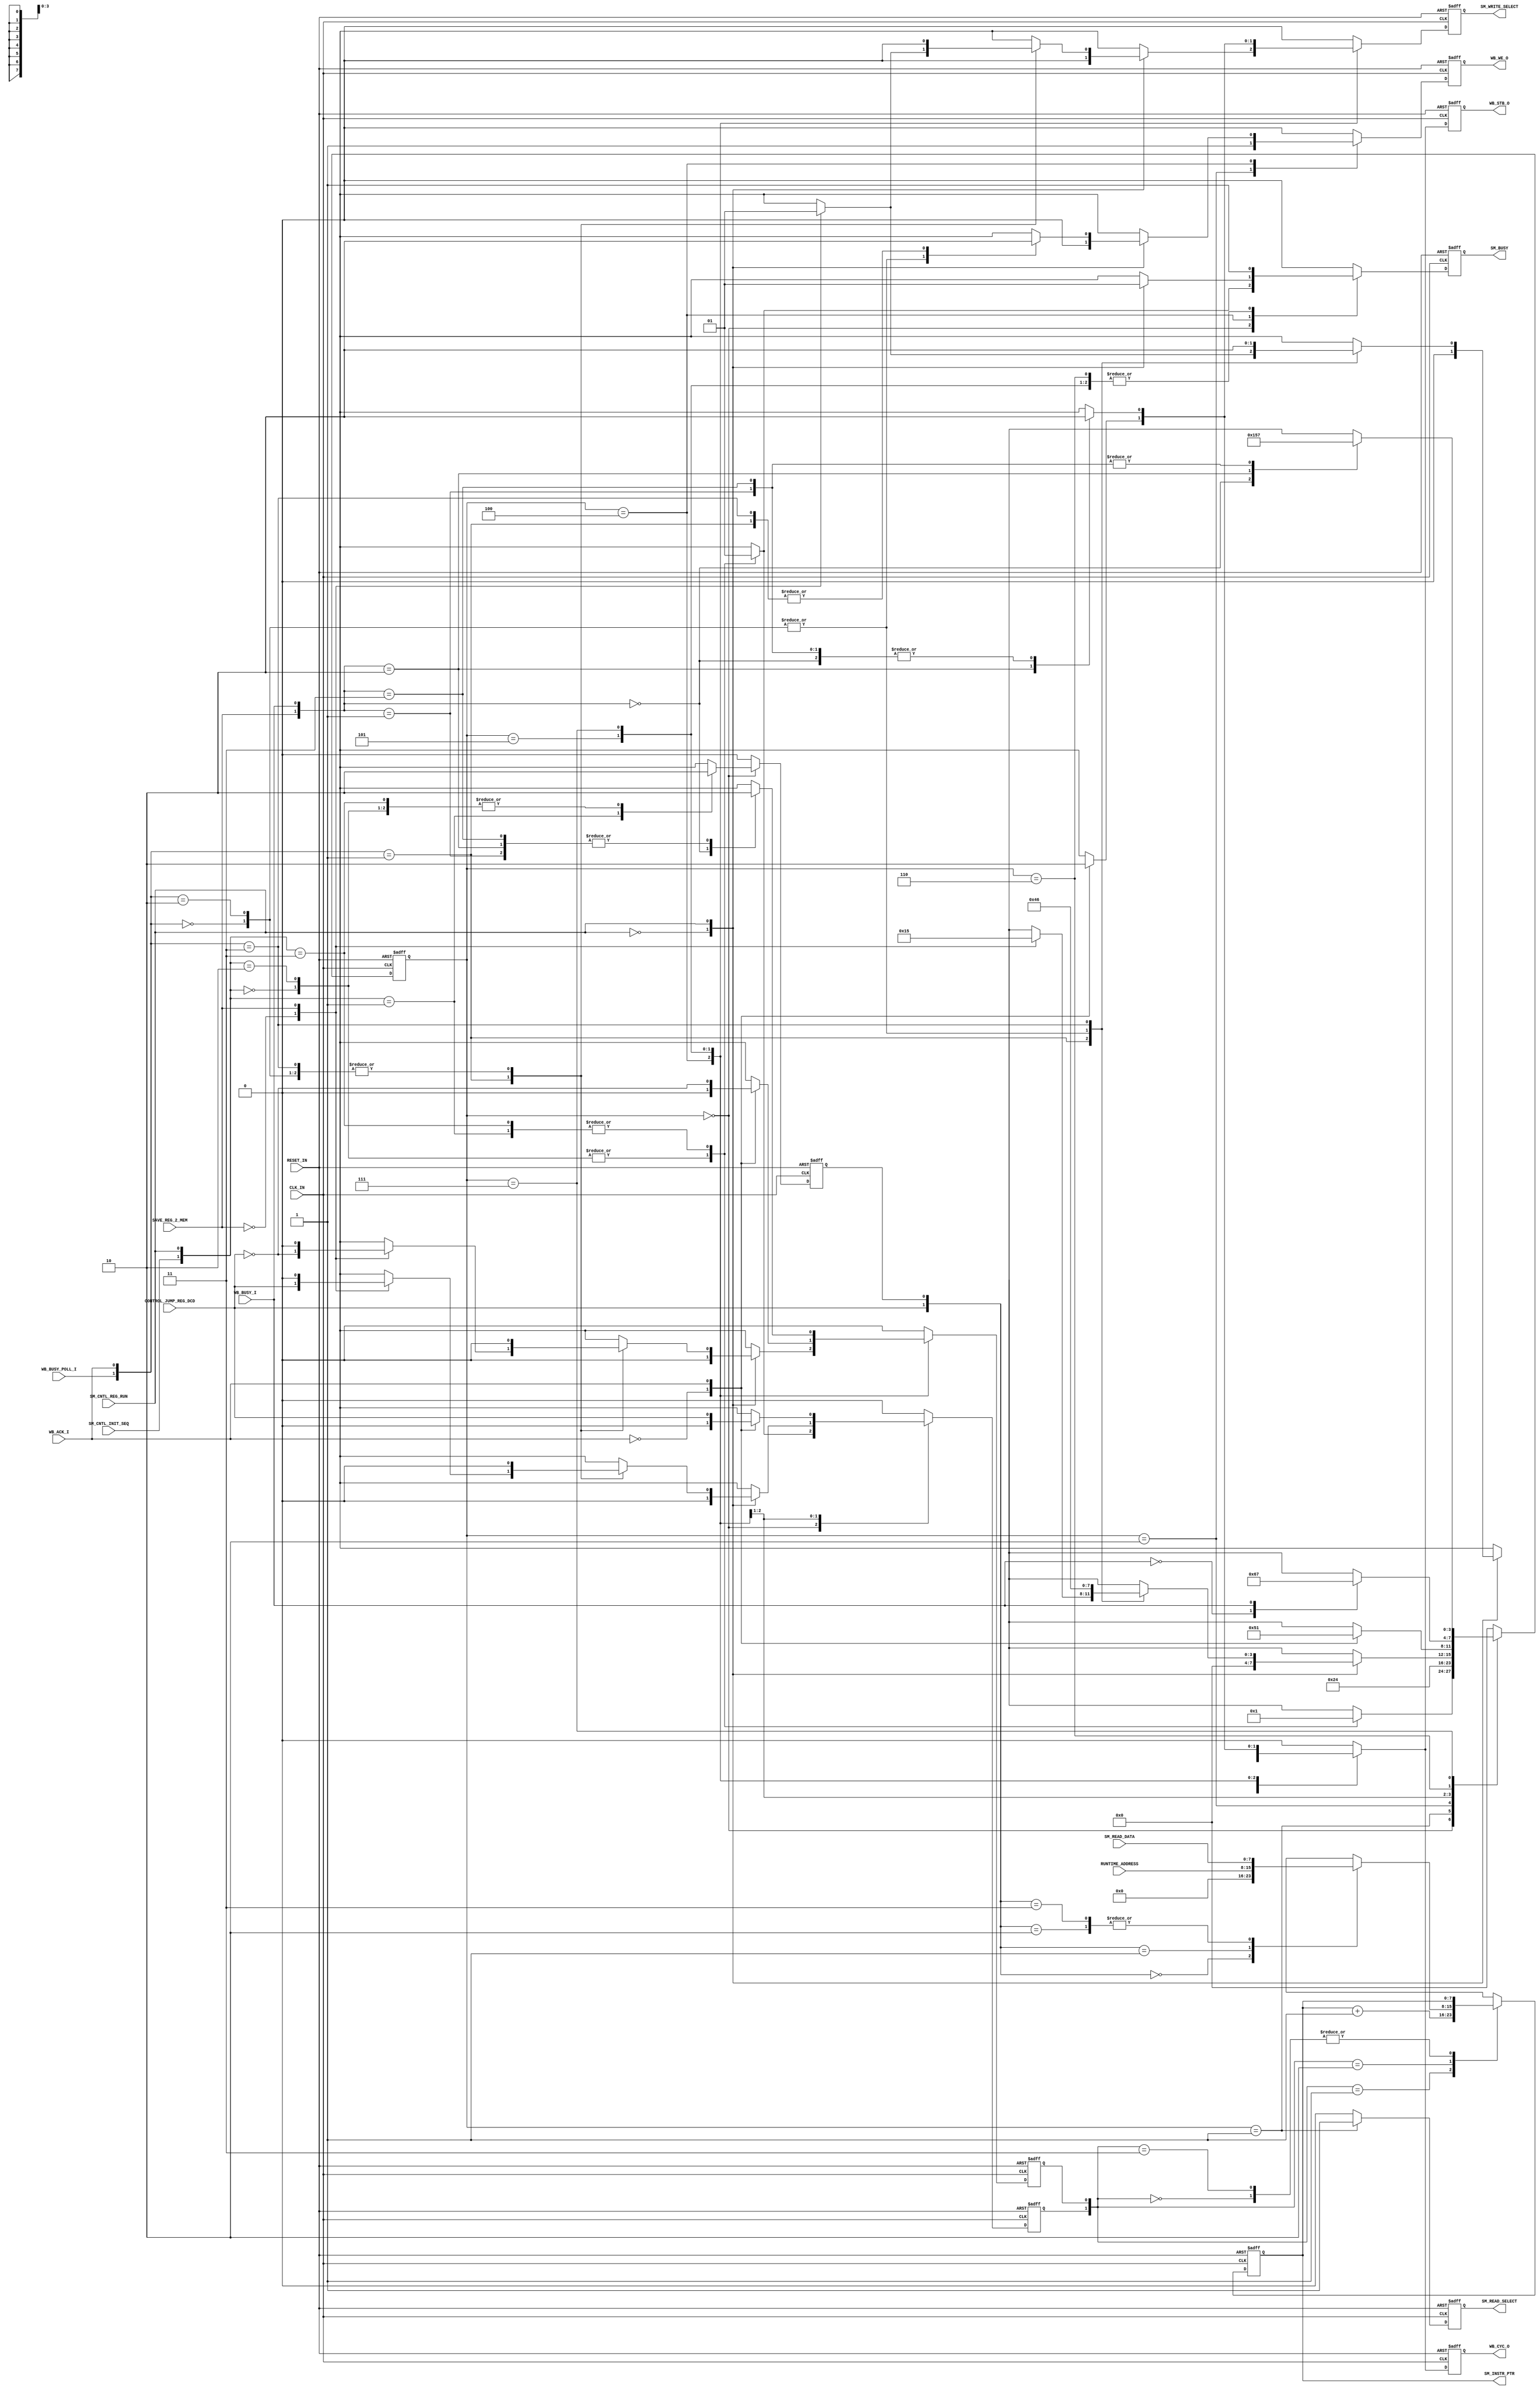
// -----------------------------------------------------------------------------
// title          : Sensor Manager Statemachine
// project        : ULP Sensor Hub
// -----------------------------------------------------------------------------
// company        : QuickLogic Corp
// last update    : 2013/12/06
// platform       : PolarPro III
// standard       : Verilog 2001
// -----------------------------------------------------------------------------
// description: The Sensor Manger Statemachine is responsible for controlling the
//              operations of the Sensor Manager. These include performing
//              transfers between Sensor Memory and various registers.
// -----------------------------------------------------------------------------
// copyright (c) 2013
// -----------------------------------------------------------------------------
// revisions  :
// date            version    author         description
// 2013/12/06      1.0        Glen Gomes     created
// -----------------------------------------------------------------------------
// Comments: This solution is specifically for use with the QuickLogic
//           PolarPro III device. 
// -----------------------------------------------------------------------------

`timescale 1ns/10ps

module StateMachine (

               CLK_IN,
               RESET_IN,

			   RUNTIME_ADDRESS,
               CONTROL_JUMP_REG_DCD,
               SAVE_REG_2_MEM,

               WB_ACK_I,
               WB_BUSY_I,
			   WB_BUSY_POLL_I,

               WB_WE_O,
               WB_STB_O,
               WB_CYC_O,

               SM_CNTL_REG_RUN,
               SM_CNTL_INIT_SEQ,
               SM_READ_DATA,

               SM_INSTR_PTR,
               SM_READ_SELECT,

               SM_WRITE_SELECT,

               SM_BUSY

               );
  

//-----Port Signals--------------------
//

input          CLK_IN;
input          RESET_IN;

input    [7:0] RUNTIME_ADDRESS;
input          CONTROL_JUMP_REG_DCD;
input          SAVE_REG_2_MEM;

input          WB_ACK_I;
input          WB_BUSY_I;
input          WB_BUSY_POLL_I;

output         WB_WE_O;
output         WB_STB_O;
output         WB_CYC_O;

input          SM_CNTL_REG_RUN;
input          SM_CNTL_INIT_SEQ;
input    [7:0] SM_READ_DATA;

output   [7:0] SM_INSTR_PTR;
output         SM_READ_SELECT;

output         SM_WRITE_SELECT;

output         SM_BUSY;


wire           CLK_IN;
wire           RESET_IN;

wire     [7:0] RUNTIME_ADDRESS;
wire           CONTROL_JUMP_REG_DCD;
wire           SAVE_REG_2_MEM;

wire           WB_ACK_I;
wire           WB_BUSY_I;
wire           WB_BUSY_POLL_I;

reg            WB_WE_O;
reg            wb_we_o_nxt;

reg            WB_STB_O;
reg            wb_stb_o_nxt;

reg            WB_CYC_O;
reg            wb_cyc_o_nxt;

wire           SM_CNTL_REG_RUN;
wire           SM_CNTL_INIT_SEQ;
wire     [7:0] SM_READ_DATA;

reg      [7:0] SM_INSTR_PTR;
reg      [7:0] sm_instr_ptr_nxt;

reg            SM_READ_SELECT;
reg            sm_read_select_nxt;

reg            SM_WRITE_SELECT;
reg            sm_write_select_nxt;

reg            SM_BUSY;
reg            sm_busy_nxt;

//-----Internal Signals--------------------
//


//
// Define the Statemachine registers
//
reg      [3:0] sensor_manager_sm;
reg      [3:0] sensor_manager_sm_nxt;


//
// Define the Instruction Pointer variables
//

reg            sm_instr_ptr_ce;
reg            sm_instr_ptr_ce_nxt;

reg            sm_instr_ptr_ld;
reg            sm_instr_ptr_ld_nxt;

reg            sm_instr_ptr_sel;
reg            sm_instr_ptr_sel_nxt;



//------Define Parameters---------
//

//
// Define the Sensor Manager Statemachine States
//
// Note: These states are chosen to allow for overlap of various signals
//       during operation. This overlap should help reduce timing
//       dependancies.
//
parameter SM_IDLE           = 4'h0;
parameter SM_INC_PTR        = 4'h1;
parameter SM_INST_RD        = 4'h2;
//parameter SM_INST_DCD       = 4'h3; // Note: Will be used for TimeStamp Support in a future design
parameter SM_REG_WR         = 4'h4;
parameter SM_REG_RD         = 4'h5;
parameter SM_WAIT_BUSY_ON   = 4'h6;
parameter SM_WAIT_BUSY_OFF  = 4'h7;


//
// Sensor Manager Initialization Start Address
//
// Note: The previous IP used the reset of the "RuntimeAddress" register to
//       select the sensor initialization code. This value explicity selects
//       the value for the start (or re-start) of initialization.
//
parameter SM_INIT_INSTR_ADR = 8'h0; // Address for the start in initialization instructions


//------Logic Operations----------
//

//
// Define the Instruction Pointer
//
// Note: This pointer can start at either the sensor initialization code start
//       address or the run-time code start address. 
//
always @( SM_INSTR_PTR         or
		  sm_instr_ptr_ld      or
		  sm_instr_ptr_ce      or
		  sm_instr_ptr_sel     or
		  SM_READ_DATA         or
          CONTROL_JUMP_REG_DCD or
		  RUNTIME_ADDRESS
		 )
begin
	case({sm_instr_ptr_ld, sm_instr_ptr_ce})
	2'b00: sm_instr_ptr_nxt    <= SM_INSTR_PTR;        // Hold Current Value
	2'b01: sm_instr_ptr_nxt    <= SM_INSTR_PTR + 1'b1; // Increment to the next address
	2'b10:
	begin
        case({CONTROL_JUMP_REG_DCD, sm_instr_ptr_sel})
        2'b00: sm_instr_ptr_nxt <= SM_INIT_INSTR_ADR;  // Initialization Code Address
        2'b01: sm_instr_ptr_nxt <= RUNTIME_ADDRESS;    //       Run-time Code Address
        2'b10: sm_instr_ptr_nxt <= SM_READ_DATA[7:0];  //           Jump      Address
        2'b11: sm_instr_ptr_nxt <= SM_READ_DATA[7:0];  //           Jump      Address
        endcase
	end
	2'b11: sm_instr_ptr_nxt    <= SM_INSTR_PTR;        // Hold Current Value
	endcase
end


// Define the registers associated with the Sensor Manager Statemachine
//
always @(posedge CLK_IN or posedge RESET_IN) 
begin
    if (RESET_IN)
    begin
        sensor_manager_sm  <= SM_IDLE;

        SM_INSTR_PTR       <=  8'h0;
        sm_instr_ptr_ce    <=  1'b0;
        sm_instr_ptr_ld    <=  1'b0;
        sm_instr_ptr_sel   <=  1'b0;

        WB_WE_O            <=  1'b0;
        WB_STB_O           <=  1'b0;
		WB_CYC_O           <=  1'b0;

        SM_READ_SELECT     <=  1'b0;
        SM_WRITE_SELECT    <=  1'b0;

        SM_BUSY            <=  1'b0;
    end
    else 
    begin  
        sensor_manager_sm  <= sensor_manager_sm_nxt;    

        SM_INSTR_PTR       <= sm_instr_ptr_nxt;
        sm_instr_ptr_ce    <= sm_instr_ptr_ce_nxt;
        sm_instr_ptr_ld    <= sm_instr_ptr_ld_nxt;
        sm_instr_ptr_sel   <= sm_instr_ptr_sel_nxt;

        WB_WE_O            <=  wb_we_o_nxt;
        WB_STB_O           <=  wb_stb_o_nxt;
		WB_CYC_O           <=  wb_cyc_o_nxt;

        SM_READ_SELECT     <= sm_read_select_nxt;
        SM_WRITE_SELECT    <= sm_write_select_nxt;

        SM_BUSY            <= sm_busy_nxt;
 	end
end   


// Define the Sensor Manager Statemachine
//
always @( sensor_manager_sm     or
          SM_CNTL_INIT_SEQ      or
          SM_CNTL_REG_RUN       or
          CONTROL_JUMP_REG_DCD  or
          SAVE_REG_2_MEM        or
          WB_BUSY_I             or
		  WB_BUSY_POLL_I        or
		  WB_ACK_I
         )
begin
    case(sensor_manager_sm)
    SM_IDLE:
	begin
		case({SM_CNTL_INIT_SEQ, SM_CNTL_REG_RUN})
		2'b00:    // No Activity
		begin
            sensor_manager_sm_nxt <= SM_IDLE;

		    sm_busy_nxt           <= 1'b0;
            sm_instr_ptr_ld_nxt   <= 1'b0;
            sm_instr_ptr_sel_nxt  <= 1'b0;
        end
		2'b01:    // Start at the Sensor Run-Time Code
		begin
            sensor_manager_sm_nxt <= SM_INC_PTR;

		    sm_busy_nxt           <= 1'b1;
            sm_instr_ptr_ld_nxt   <= 1'b1;
            sm_instr_ptr_sel_nxt  <= 1'b1;
        end
		2'b10:    // No Activity
		begin
            sensor_manager_sm_nxt <= SM_IDLE;

		    sm_busy_nxt           <= 1'b0;
            sm_instr_ptr_ld_nxt   <= 1'b0;
            sm_instr_ptr_sel_nxt  <= 1'b0;
        end
		2'b11:    // Start at the Sensor Initialization Code
		begin
            sensor_manager_sm_nxt <= SM_INC_PTR;

		    sm_busy_nxt           <= 1'b1;
            sm_instr_ptr_ld_nxt   <= 1'b1;
            sm_instr_ptr_sel_nxt  <= 1'b0;
        end
        endcase

        sm_instr_ptr_ce_nxt   <= 1'b0;

        sm_read_select_nxt    <= 1'b0;
        sm_write_select_nxt   <= 1'b0;

		wb_we_o_nxt           <= 1'b0;
		wb_stb_o_nxt          <= 1'b0;
		wb_cyc_o_nxt          <= 1'b0;
	end
    SM_INC_PTR:
	begin
        sensor_manager_sm_nxt <= SM_INST_RD;

		sm_busy_nxt           <= 1'b1;

        sm_instr_ptr_ld_nxt   <= 1'b0;
        sm_instr_ptr_ce_nxt   <= 1'b0;
        sm_instr_ptr_sel_nxt  <= 1'b0;

        sm_read_select_nxt    <= 1'b1;
        sm_write_select_nxt   <= 1'b0;

		wb_we_o_nxt           <= 1'b0;
		wb_stb_o_nxt          <= 1'b0;
		wb_cyc_o_nxt          <= 1'b0;
	end
    SM_INST_RD:
	begin
        sensor_manager_sm_nxt <= SM_REG_WR;

		sm_busy_nxt           <= 1'b1;

        sm_instr_ptr_ld_nxt   <= 1'b0;
        sm_instr_ptr_ce_nxt   <= 1'b0;
        sm_instr_ptr_sel_nxt  <= 1'b0;

        sm_read_select_nxt    <= 1'b0;
        sm_write_select_nxt   <= 1'b0;

		wb_we_o_nxt           <= 1'b1;
		wb_stb_o_nxt          <= 1'b1;
		wb_cyc_o_nxt          <= 1'b1;
	end
    SM_REG_WR:
	begin
        sm_instr_ptr_sel_nxt  <= 1'b0;

        sm_read_select_nxt    <= 1'b0;

		case(SM_CNTL_REG_RUN)
		1'b0:  // A write of "0" to bit "0" of the Command register at address "0" turns off 
			   // the Sensor Manager's Statemachine
		begin
		    sensor_manager_sm_nxt <= SM_IDLE;

		    sm_busy_nxt           <= 1'b0;

            sm_instr_ptr_ld_nxt   <= 1'b0;
            sm_instr_ptr_ce_nxt   <= 1'b0;

            sm_write_select_nxt   <= 1'b0;

		    wb_we_o_nxt           <= 1'b0;
		    wb_stb_o_nxt          <= 1'b0;
		    wb_cyc_o_nxt          <= 1'b0;
		end
		1'b1: // Sensor Manager Statemachine is not stopped; continue processing
		begin
		    sm_busy_nxt           <= 1'b1;

		    case({WB_BUSY_POLL_I, WB_ACK_I})
            2'b00:    // Wait for Wish Bone Acknowledge and no need to wait for transfer complete
	        begin
		    	sensor_manager_sm_nxt <= SM_REG_WR;

                sm_instr_ptr_ld_nxt   <= 1'b0;
                sm_instr_ptr_ce_nxt   <= 1'b0;

                sm_write_select_nxt   <= 1'b0;

		        wb_we_o_nxt           <= 1'b1;
		        wb_stb_o_nxt          <= 1'b1;
		        wb_cyc_o_nxt          <= 1'b1;
		    end
            2'b01:    // Wish Bone Acknowledge Received and no need to wait for transfer complete
	        begin
                case(SAVE_REG_2_MEM)
				1'b0: 
				begin
			        sensor_manager_sm_nxt <= SM_INC_PTR;

                    sm_instr_ptr_ld_nxt   <=  CONTROL_JUMP_REG_DCD;
                    sm_instr_ptr_ce_nxt   <= ~CONTROL_JUMP_REG_DCD;

                    sm_write_select_nxt   <= 1'b0;

		            wb_we_o_nxt           <= 1'b0;
		            wb_stb_o_nxt          <= 1'b0;
		            wb_cyc_o_nxt          <= 1'b0;
				end
				1'b1: 
				begin
			        sensor_manager_sm_nxt <= SM_REG_RD;

                    sm_instr_ptr_ld_nxt   <= 1'b0;
                    sm_instr_ptr_ce_nxt   <= 1'b0;

                    sm_write_select_nxt   <= 1'b1;

		            wb_we_o_nxt           <= 1'b0;
		            wb_stb_o_nxt          <= 1'b1;
		            wb_cyc_o_nxt          <= 1'b1;
				end
		        endcase
		    end
            2'b10:    // Wait for Wish Bone Acknowledge and will need to wait for transfer complete
	        begin
			    sensor_manager_sm_nxt <= SM_REG_WR;

                sm_instr_ptr_ld_nxt   <= 1'b0;
                sm_instr_ptr_ce_nxt   <= 1'b0;

                sm_write_select_nxt   <= 1'b0;

		        wb_we_o_nxt           <= 1'b1;
		        wb_stb_o_nxt          <= 1'b1;
		        wb_cyc_o_nxt          <= 1'b1;
		    end
            2'b11:     // Acknowledge received but need to wait for transfer complete
	        begin
			    sensor_manager_sm_nxt <= SM_WAIT_BUSY_ON;

                sm_instr_ptr_ld_nxt   <= 1'b0;
                sm_instr_ptr_ce_nxt   <= 1'b0;

                sm_write_select_nxt   <= 1'b0;

		        wb_we_o_nxt           <= 1'b0;
		        wb_stb_o_nxt          <= 1'b0;
		        wb_cyc_o_nxt          <= 1'b0;
		    end
            endcase
		end
        endcase
	end
    SM_REG_RD:
	begin
		sm_busy_nxt           <= 1'b1;

        sm_instr_ptr_sel_nxt  <= 1'b0;

        sm_read_select_nxt    <= 1'b0;

		wb_we_o_nxt           <= 1'b0;

		case(WB_ACK_I)
        1'b0:    // Waiting for Wish Bone Acknowledge
		begin
            sensor_manager_sm_nxt <= SM_REG_RD;

            sm_instr_ptr_ld_nxt   <= 1'b0;
            sm_instr_ptr_ce_nxt   <= 1'b0;

            sm_write_select_nxt   <= 1'b1;

		    wb_stb_o_nxt          <= 1'b1;
		    wb_cyc_o_nxt          <= 1'b1;
        end
        1'b1:    // Got Wish Bone Acknowledge
        begin
            sensor_manager_sm_nxt <= SM_INC_PTR;

            sm_instr_ptr_ld_nxt   <=  CONTROL_JUMP_REG_DCD;
            sm_instr_ptr_ce_nxt   <= ~CONTROL_JUMP_REG_DCD;

            sm_write_select_nxt   <= 1'b0;

		    wb_stb_o_nxt          <= 1'b0;
		    wb_cyc_o_nxt          <= 1'b0;
        end
        endcase
	end
    SM_WAIT_BUSY_ON:
	begin
		sm_busy_nxt           <= 1'b1;

        sm_instr_ptr_ld_nxt   <= 1'b0;
        sm_instr_ptr_ce_nxt   <= 1'b0;
        sm_instr_ptr_sel_nxt  <= 1'b0;

        sm_read_select_nxt    <= 1'b0;
        sm_write_select_nxt   <= 1'b0;

		wb_we_o_nxt           <= 1'b0;
		wb_stb_o_nxt          <= 1'b0;
		wb_cyc_o_nxt          <= 1'b0;

        case(WB_BUSY_I)
        1'b0: sensor_manager_sm_nxt <= SM_WAIT_BUSY_ON;    // Wait for Busy from I/F
        1'b1: sensor_manager_sm_nxt <= SM_WAIT_BUSY_OFF;   // Got      Busy from I/F
        endcase
	end
    SM_WAIT_BUSY_OFF:
	begin
		sm_busy_nxt           <= 1'b1;

        sm_instr_ptr_ld_nxt   <= 1'b0;
        sm_instr_ptr_sel_nxt  <= 1'b0;

        sm_read_select_nxt    <= 1'b0;

	    wb_we_o_nxt           <= 1'b0;

        case({SAVE_REG_2_MEM, WB_BUSY_I})
        2'b00:    // Wishbone transfer complete; no need to write anything to Sensor Manager Memory
				  // 
				  // Note: Writes to the command register do not enter this state. 
				  //       Therefore, there is no need to check for the end of processing.
		begin
			sensor_manager_sm_nxt <= SM_INC_PTR;

            sm_instr_ptr_ce_nxt   <= 1'b1;
            sm_write_select_nxt   <= 1'b0;

		    wb_stb_o_nxt          <= 1'b0;
		    wb_cyc_o_nxt          <= 1'b0;
		end
        2'b01:    // Wait for Wishbone transfer to complete
		begin
			sensor_manager_sm_nxt <= SM_WAIT_BUSY_OFF;

            sm_instr_ptr_ce_nxt   <= 1'b0;
            sm_write_select_nxt   <= 1'b0;

		    wb_stb_o_nxt          <= 1'b0;
		    wb_cyc_o_nxt          <= 1'b0;
		end
        2'b10:    // Wishbone transfer complete; Write resulting register value to Sensor Manager Memory
		begin
			sensor_manager_sm_nxt <= SM_REG_RD;

            sm_instr_ptr_ce_nxt   <= 1'b0;
            sm_write_select_nxt   <= 1'b1;

		    wb_stb_o_nxt          <= 1'b1;
		    wb_cyc_o_nxt          <= 1'b1;
		end
        2'b11:    // Wait for Wishbone transfer to complete
		begin
			sensor_manager_sm_nxt <= SM_WAIT_BUSY_OFF;

            sm_instr_ptr_ce_nxt   <= 1'b0;
            sm_write_select_nxt   <= 1'b0;

		    wb_stb_o_nxt          <= 1'b0;
		    wb_cyc_o_nxt          <= 1'b0;
		end
        endcase
	end
	default:
	begin
        sensor_manager_sm_nxt <= SM_IDLE;

		sm_busy_nxt           <= 1'b0;

        sm_instr_ptr_ld_nxt   <= 1'b0;
        sm_instr_ptr_ce_nxt   <= 1'b0;
        sm_instr_ptr_sel_nxt  <= 1'b0;

        sm_read_select_nxt    <= 1'b0;
        sm_write_select_nxt   <= 1'b0;

		wb_we_o_nxt           <= 1'b0;
		wb_stb_o_nxt          <= 1'b0;
		wb_cyc_o_nxt          <= 1'b0;
	end
	endcase
end	

endmodule